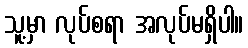
သူ့မှာ လုပ်စရာ အလုပ်မရှိပါ။